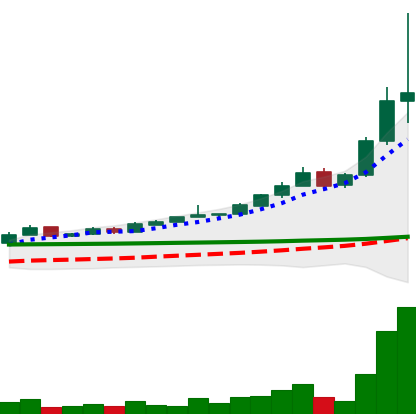
Ticker: BTC-USD
Chart end date: 2015-11-04
Forward return: -7.607%
Label: down_7plus